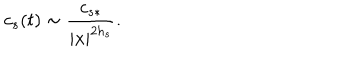
LaTeX: c _ { s } ( t ) \sim \frac { c _ { s * } } { | x | ^ { 2 h _ { s } } } .